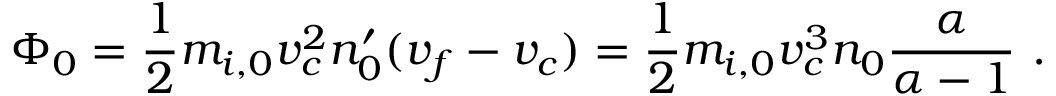
\Phi _ { 0 } = \frac { 1 } { 2 } m _ { i , 0 } v _ { c } ^ { 2 } n _ { 0 } ^ { \prime } ( v _ { f } - v _ { c } ) = \frac { 1 } { 2 } m _ { i , 0 } v _ { c } ^ { 3 } n _ { 0 } \frac { \alpha } { \alpha - 1 } \ .